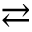
\rightleftarrows